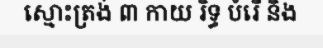
ស្មោះត្រង់ ៣ កាយ រិទ្ធ បំរើ និង